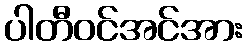
ပါတီဝင်အင်အား